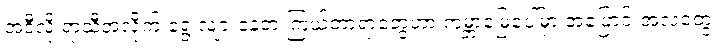
အဲဒီလို ရာသီအလိုက် ရွေ့လျားနေတဲ့ ကြယ်တာရာတွေဟာ ကမ္ဘာမြေပေါ်မှာ အပြောင်းအလဲတွေ